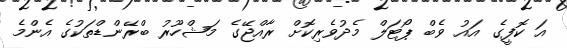
އަ ކޮފީގެ އައު ވެބް ޕޯޓަލް މެދުވެރިކޮށް ރާއްޖޭގެ މަޝްހޫރު ބްރޭންޑްތަކުގެ އެންމެ